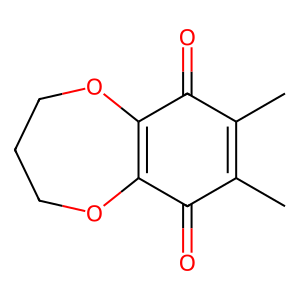
SMILES: CC1=C(C)C(=O)C2=C(OCCCO2)C1=O
Inhibits HIV replication: No